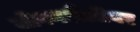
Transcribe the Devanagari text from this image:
जीवनशैलीवर